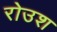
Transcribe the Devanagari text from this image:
रोउश